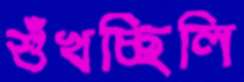
শুঁখচ্ছিলি